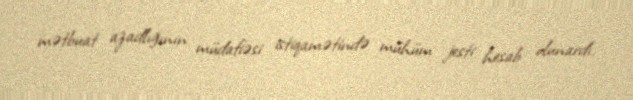
mətbuat azadlığının müdafiəsi istiqamətində mühüm jesti hesab olunardı.